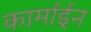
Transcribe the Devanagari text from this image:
कार्माईन